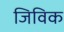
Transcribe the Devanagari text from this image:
जिविक